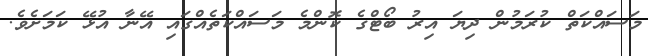
މަސައްކަތް ކުރަމުން ދިޔަ އިރު ބޯޓްގެ ކޮންމެ މަސައްކަތެއްގައި އޭނާ އުޅޭ ކަމަށެވެ.